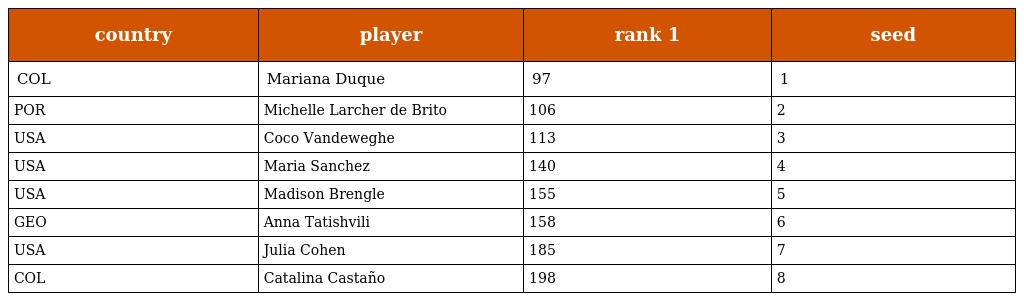
| country | player | rank 1 | seed |
 | --- | --- | --- | --- |
 | COL | Mariana Duque | 97 | 1 |
 | POR | Michelle Larcher de Brito | 106 | 2 |
 | USA | Coco Vandeweghe | 113 | 3 |
 | USA | Maria Sanchez | 140 | 4 |
 | USA | Madison Brengle | 155 | 5 |
 | GEO | Anna Tatishvili | 158 | 6 |
 | USA | Julia Cohen | 185 | 7 |
 | COL | Catalina Castaño | 198 | 8 |